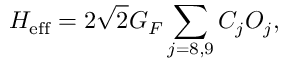
{ \cal H } _ { \mathrm { e f f } } = 2 \sqrt { 2 } G _ { F } \sum _ { j = 8 , 9 } C _ { j } { \cal O } _ { j } ,